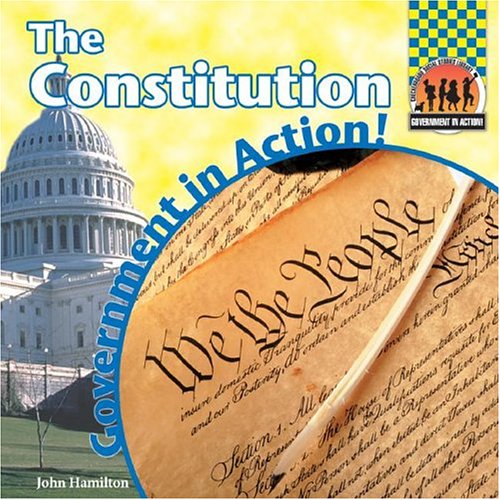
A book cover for The Constitution (Government in Action!); John Hamilton; Children's Books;